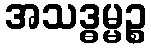
အသဒ္ဓမ္မဉ္စ